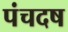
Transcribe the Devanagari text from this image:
पंचदष